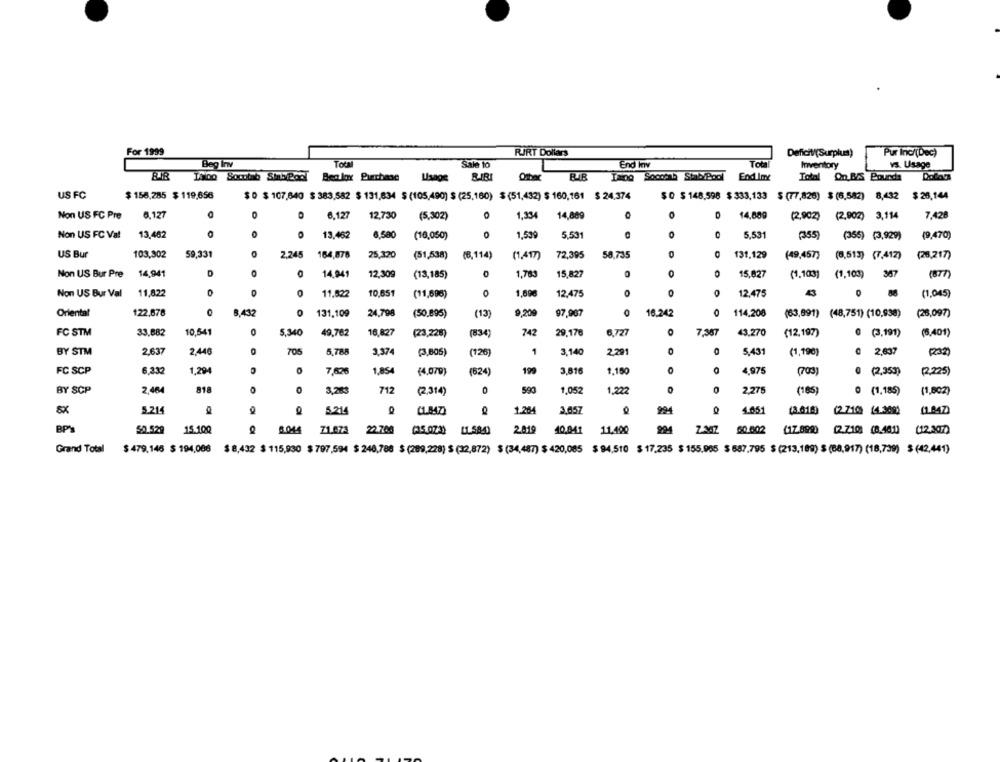
For 1999
RIRT Dollars
Deficit/(Surplus)
Pur Inc/(Dec)
Beg Inv
Tot
Sale to
End Inv
Total
Inventory
vs. Usage
BIBI
End Inc
Total On BAS Pourcha
Thiog Sowtab Shead Benlox Purchase
US FC
$ 158,285 $ 119,656
$ 0 $ 107,640 $ 383,582 $ 131,634 $ (105,490) $ (25,160) $ (51,432) $ 160,161 $ 24.374
$ O $ 148,598 $ 333,133 $ (77,826) $ (6,582) 8,432 $26,144
Non US FC Pre
6.127
6.127
12,730
(5,302)
1,334
14,889
D
14,689
(2,902)
(2,902) 3,114
7,428
Non US FC Val
13,462
0 13,462
6,580
(16,050)
0
1.539
5,531
0
5.531
(355)
(355) (3,929)
(9,470)
US Bur
103,302
59,331
2,245 164,878
25,320
(51,538)
(8,114)
(1,417)
72,395
58,735
131.129
(49,457) (8,513) (7.412)
(28,217)
Non US Bur Pre 14,941
0
14.941
12,309
(13,185)
1,783
15,827
0
0
15.827
(1,103] (1,103) 357
(87)
Non US Bur Val
11,822
0
11.022
10,651
(11,696)
0
1,69€
12.475
O
O
12.475
43
0
88
(1,045)
Oriental
122.678
0
8,432
0
131,109
24,798
9,209
97,987
0
16.242
114,208
(50,895)
(13)
(63,891) (48,751) (10,938)
(28,097)
FC STM
33.682
10,541
0
5,340
49,762
16,827
(23,228)
(834)
742
29,176
6,727
O
7,387
43.270
(12,197)
0 (3,191)
(8.401)
BY STM
2,637
2,446
705
1
2.291
5,788
3,374
(3,805)
(126)
3,140
5,431
(1,190)
0 2,637
(232)
FC SCP
6,332
1,294
7,626
1,854
(4,079)
(624)
199
3,816
1.150
4.975
(703]
@ (2,353)
(2,225)
818
0
0
0
BY SCP
2,464
3,283
712
(2,314)
590
1,052
1,222
2,275
(165)
0 (1,185)
(1,602)
SX
5.214
5.214
1.264
3.057
1.051
(3.616)
(2 710) (4.309)
SO 529
15.100
8.044
71.073
22.708 (35.023) (1.5.8.4)
2019
40.841 11,400
60.002
(17.899) (2.710] (8.46.1)
(12.307)
Grand Total
$ 479,146 $ 194,008
$ 8,432 $ 115,930 $ 797,594 $ 246,788 $ (289,228) $ (12,872) $ (34,487) $ 420,085 $ 94,510 $ 17,235 $ 155.965 $ 687,795 $ (213,189) $ (68,917) (18,739) $(42,441)